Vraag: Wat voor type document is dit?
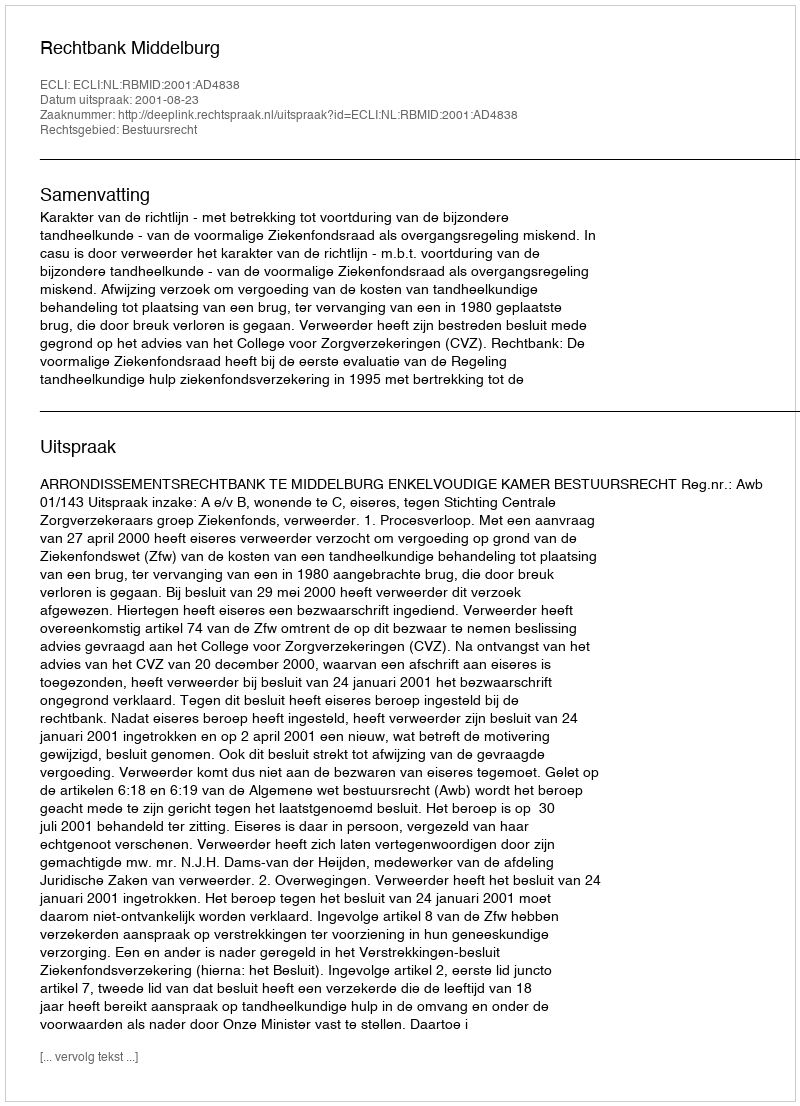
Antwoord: Uitspraak